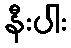
နီးပါး